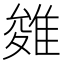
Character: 𨿓